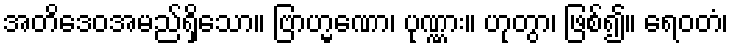
အတိဒေဝအမည်ရှိသော။ ဗြာဟ္မဏော၊ ပုဏ္ဏား။ ဟုတွာ၊ ဖြစ်၍။ ရေဝတံ၊